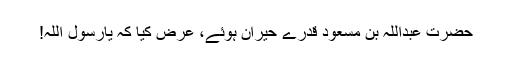
حضرت عبداللہ بن مسعودؓ قدرے حیران ہوئے، عرض کیا کہ یارسولؐ اللہ!